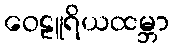
ဝေဠူရိယထမ္ဘာ